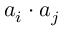
a _ { i } \cdot a _ { j }